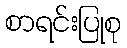
စာရင်းပြုစု